Annual report of the Camel Specialist
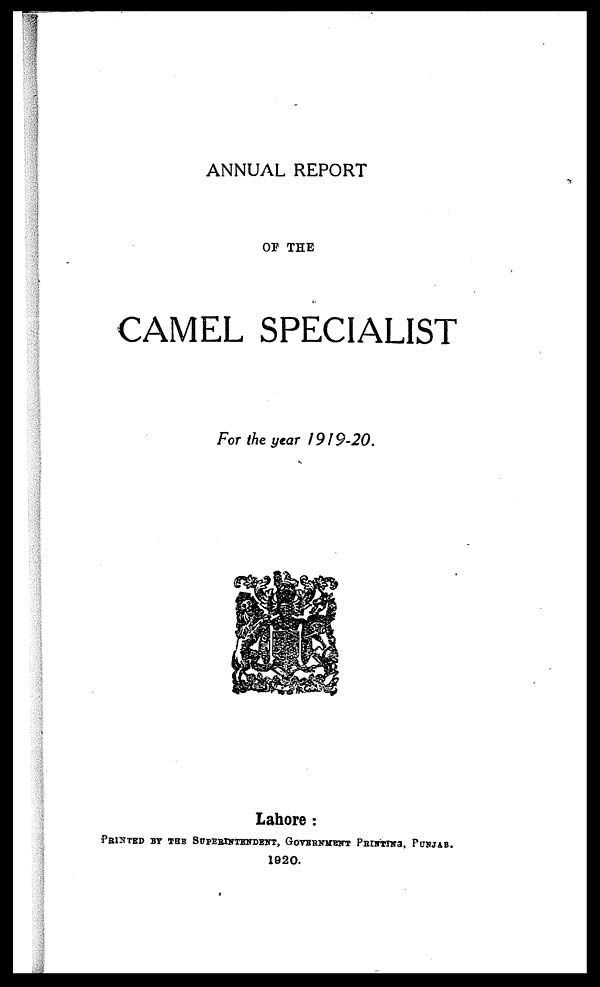
ANNUAL REPORT
OF THE
CAMEL SPECIALIST
For the year 1919-20.
Lahore:
PRINTED BY THE SUPERINTENDENT, GOVERNMENT PRINTING, PUNJAB.
1920.